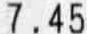
7.45